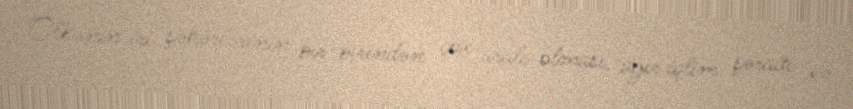
Ölkənin iri şəhərlərinin bir-birindən çox aralı olması, ağır iqlim şəraiti və